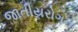
જાતીયરોગના